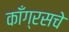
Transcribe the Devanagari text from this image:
काँग्रसचे